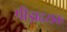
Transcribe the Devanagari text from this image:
पीड़ादयक